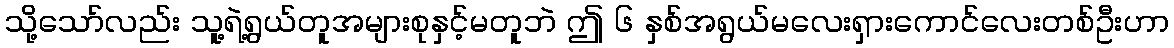
သို့သော်လည်း သူ့ရဲ့ရွယ်တူအများစုနှင့်မတူဘဲ ဤ ၆ နှစ်အရွယ်မလေးရှားကောင်လေးတစ်ဦးဟာ